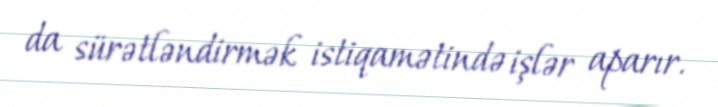
da sürətləndirmək istiqamətində işlər aparır.